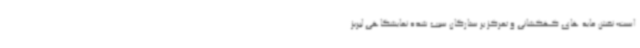
است؛ نقش مایه های کهکشانی و تمرکز بر ستارگان سبب شده نمایشگاهی لبریز